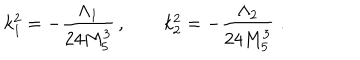
LaTeX: k _ { 1 } ^ { 2 } = - \frac { \Lambda _ { 1 } } { 2 4 M _ { 5 } ^ { 3 } } \, , \qquad k _ { 2 } ^ { 2 } = - \frac { \Lambda _ { 2 } } { 2 4 M _ { 5 } ^ { 3 } } \; .